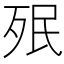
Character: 𣧟